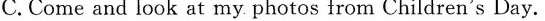
C.Come and look at my photos from Children's Day.